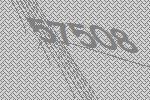
57508